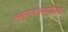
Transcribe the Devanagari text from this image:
समाजसंशोधन